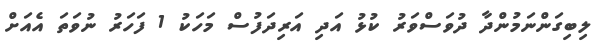
ލިބިގަންނަމުންދާ ދުވަސްވަރު ކުޅު އަދި އަރިދަފުސް މަހަކު 1 ފަހަރު ނުވަތަ އެއަށް